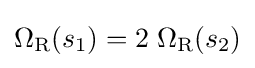
\Omega _{\text{R}}(s_{1})=2\;\Omega _{\text{R}}(s_{2})